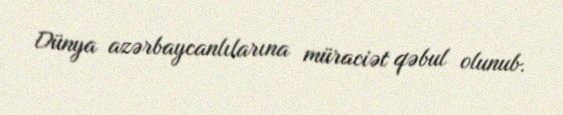
Dünya azərbaycanlılarına müraciət qəbul olunub.